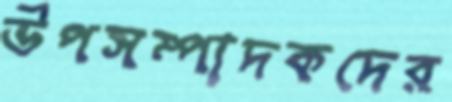
উপসম্পাদকদের